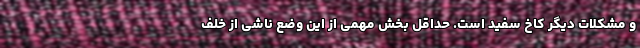
و مشکلات دیگر کاخ سفید است. حداقل بخش مهمی از این وضع ناشی از خلف